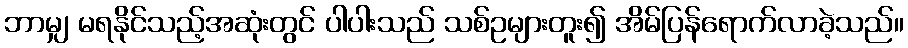
ဘာမျှ မရနိုင်သည့်အဆုံးတွင် ပါပါးသည် သစ်ဥများတူး၍ အိမ်ပြန်ရောက်လာခဲ့သည်။